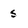
Character: s